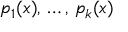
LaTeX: p _ { 1 } ( x ) , \, \ldots , \, p _ { k } ( x )